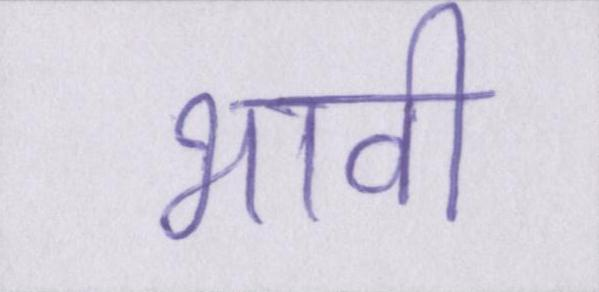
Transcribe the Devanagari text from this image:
भावी